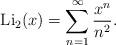
LaTeX: \begin{align*}\mathrm{Li}_2(x)&=\sum_{n=1}^{\infty} \frac{x^n}{n^2}.\end{align*}